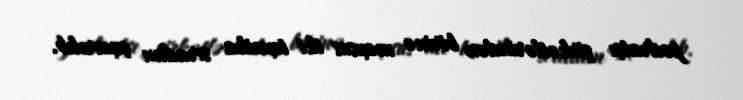
podratçı şirkətlərindən birinə məxsus iki texnika sıradan çıxarılıb.